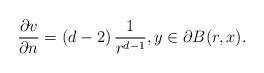
LaTeX: \begin{align*}\frac{\partial v}{\partial n} = (d-2)\, \frac{1}{r^{d-1}}, y\in\partial B(r,x).\end{align*}